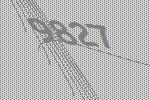
9827